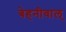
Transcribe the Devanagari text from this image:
बेहनीवाल्